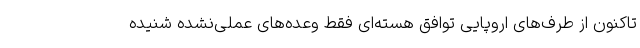
تاکنون از طرف‌های اروپایی توافق هسته‌ای فقط وعده‌های عملی‌نشده شنیده